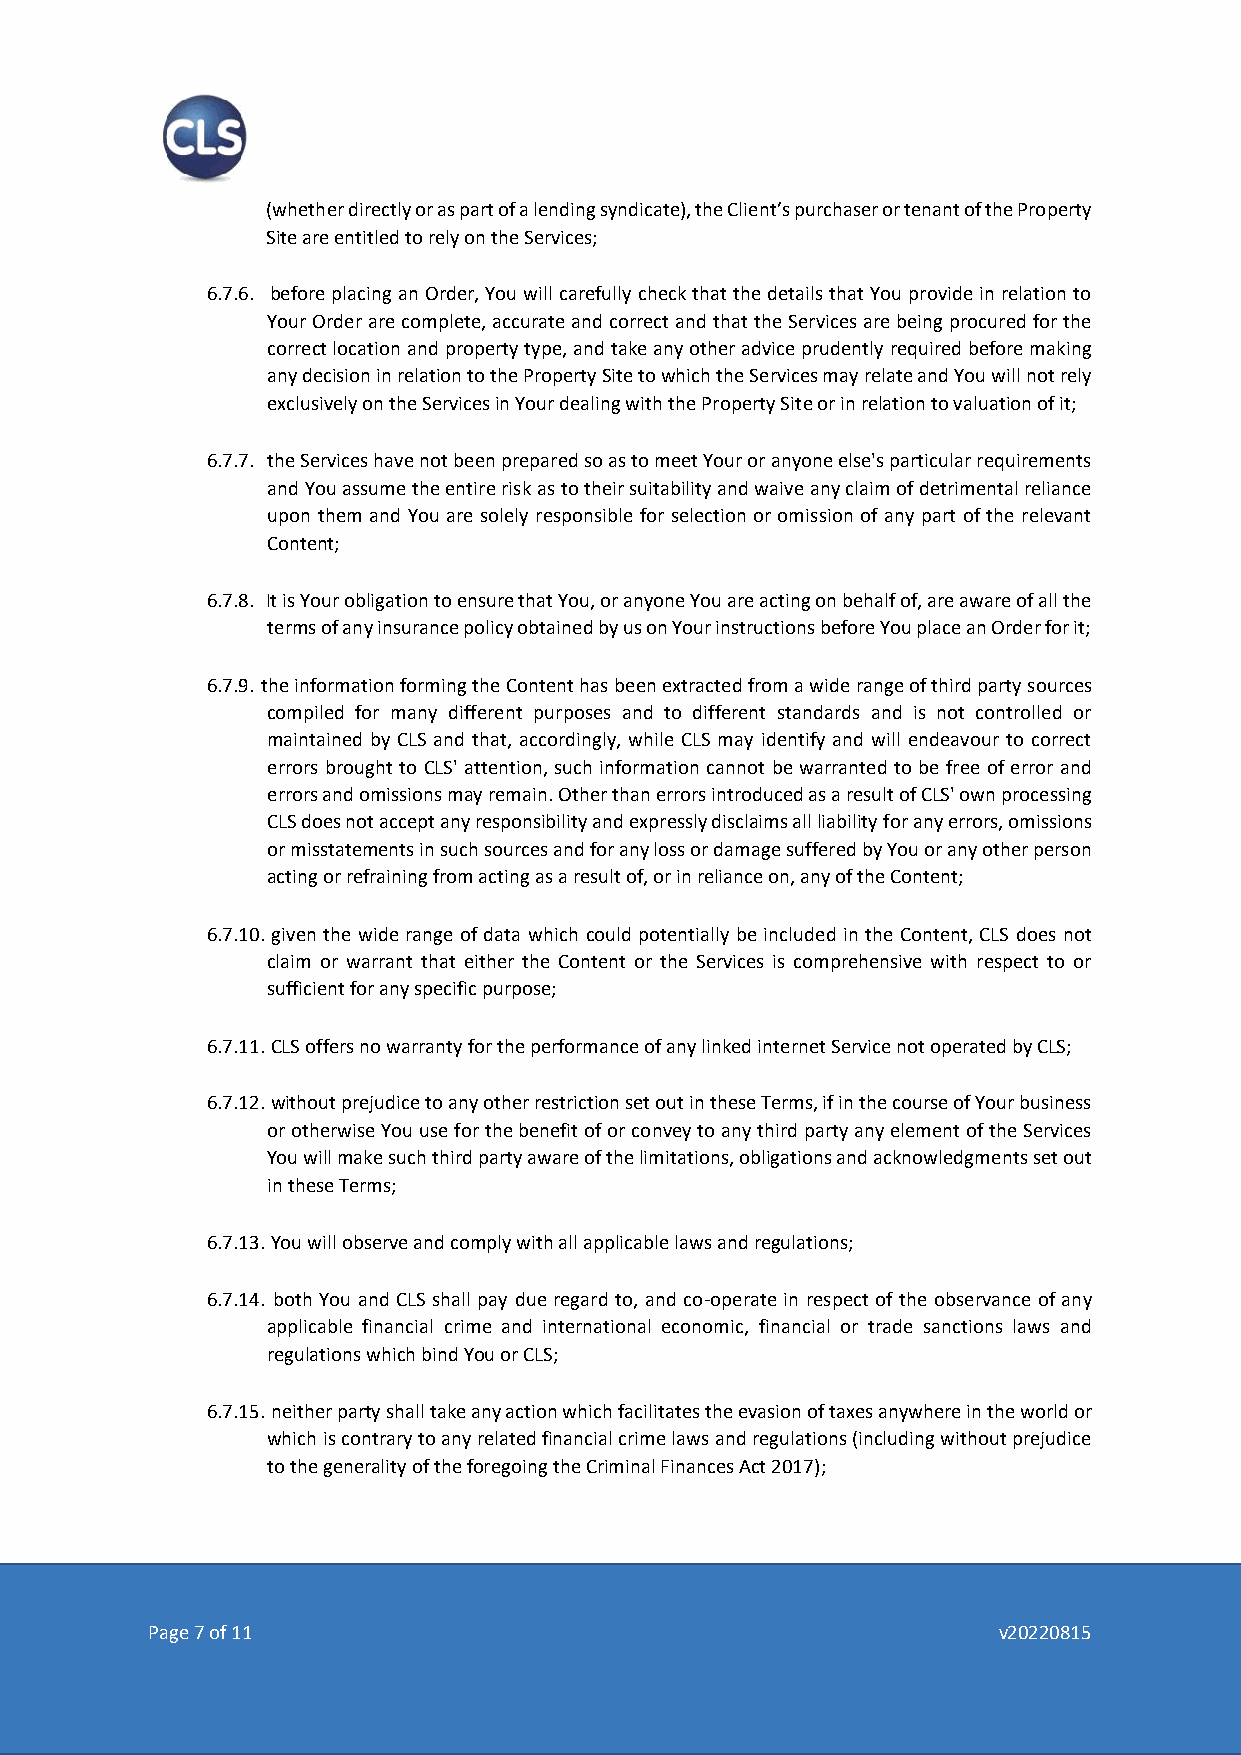
(whether directly or as part of a lending syndicate), the Client’s purchaser or tenant of the Property
 Site are entitled to rely on the Services;
 6.7.6. before placing an Order, You will carefully check that the details that You provide in relation to
 Your Order are complete, accurate and correct and that the Services are being procured for the
 correct location and property type, and take any other advice prudently required before making
 any decision in relation to the Property Site to which the Services may relate and You will not rely
 exclusively on the Services in Your dealing with the Property Site or in relation to valuation of it;
 6.7.7. the Services have not been prepared so as to meet Your or anyone else's particular requirements
 and You assume the entire risk as to their suitability and waive any claim of detrimental reliance
 upon them and You are solely responsible for selection or omission of any part of the relevant
 Content;
 6.7.8. It is Your obligation to ensure that You, or anyone You are acting on behalf of, are aware of all the
 terms of any insurance policy obtained by us on Your instructions before You place an Order for it;
 6.7.9. the information forming the Content has been extracted from a wide range of third party sources
 compiled for many different purposes and to different standards and is not controlled or
 maintained by CLS and that, accordingly, while CLS may identify and will endeavour to correct
 errors brought to CLS' attention, such information cannot be warranted to be free of error and
 errors and omissions may remain. Other than errors introduced as a result of CLS' own processing
 CLS does not accept any responsibility and expressly disclaims all liability for any errors, omissions
 or misstatements in such sources and for any loss or damage suffered by You or any other person
 acting or refraining from acting as a result of, or in reliance on, any of the Content;
 6.7.10. given the wide range of data which could potentially be included in the Content, CLS does not
 claim or warrant that either the Content or the Services is comprehensive with respect to or
 sufficient for any specific purpose;
 6.7.11. CLS offers no warranty for the performance of any linked internet Service not operated by CLS;
 6.7.12. without prejudice to any other restriction set out in these Terms, if in the course of Your business
 or otherwise You use for the benefit of or convey to any third party any element of the Services
 You will make such third party aware of the limitations, obligations and acknowledgments set out
 in these Terms;
 6.7.13. You will observe and comply with all applicable laws and regulations;
 6.7.14. both You and CLS shall pay due regard to, and co-operate in respect of the observance of any
 applicable financial crime and international economic, financial or trade sanctions laws and
 regulations which bind You or CLS;
 6.7.15. neither party shall take any action which facilitates the evasion of taxes anywhere in the world or
 which is contrary to any related financial crime laws and regulations (including without prejudice
 to the generality of the foregoing the Criminal Finances Act 2017);
 Page 7 of 11                                            v20220815